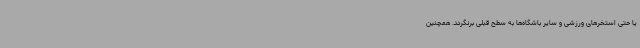
یا حتی استخرهای ورزشی و سایر باشگاه‌ها به سطح قبلی برنگردد. همچنین